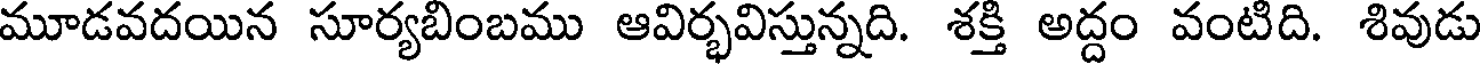
మూడవదయిన సూర్యబింబము ఆవిర్భవిస్తున్నది. శక్తి అద్దం వంటిది. శివుడు